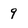
Character: 9